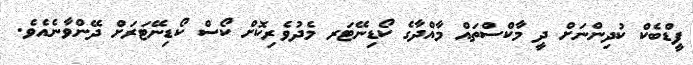
ފީޑްބެކް ކުދިންނަށް ދީ މާކްސްތައް މާއްދާގެ ކޯޑިނޭޓަރ މެދުވެރިކޮށް ކޯސް ކޯޑިނޭޓަރަށް ދޭންވާނެއެވެ.